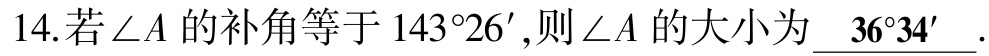
14.若\(\angle A\)的补角等于\(143^{\circ}26'\)，则\(\angle A\)的大小为\(\underline{36^{\circ}34'}\).